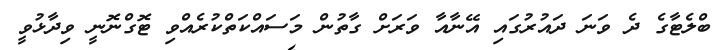
ބްލެޓާގެ ދެ ވަނަ ދައުރުގައި އޭނާއާ ވަރަށް ގާތުން މަސައްކަތްކުރެއްވި ޓޮގްނޮނީ ވިދާޅުވީ